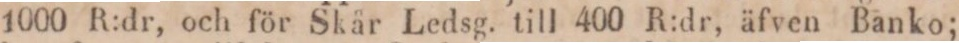
1000 R:dr, och för Skår Ledsg. till 400 R:dr, äfven Banko;